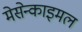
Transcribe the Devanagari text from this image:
मेसेन्काइमल